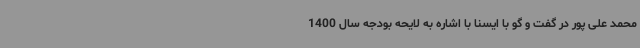
محمد علی پور در گفت و گو با ایسنا با اشاره به لایحه بودجه سال 1400